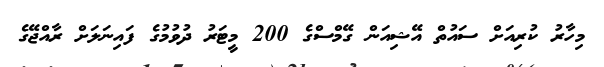
މިހާރު ކުރިއަށް ސައުތް އޭޝިއަން ގޭމްސްގެ 200 މީޓަރު ދުވުމުގެ ފައިނަލަށް ރާއްޖޭގެ